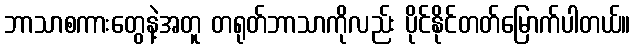
ဘာသာစကားတွေနဲ့အတူ တရုတ်ဘာသာကိုလည်း ပိုင်နိုင်တတ်မြောက်ပါတယ်။